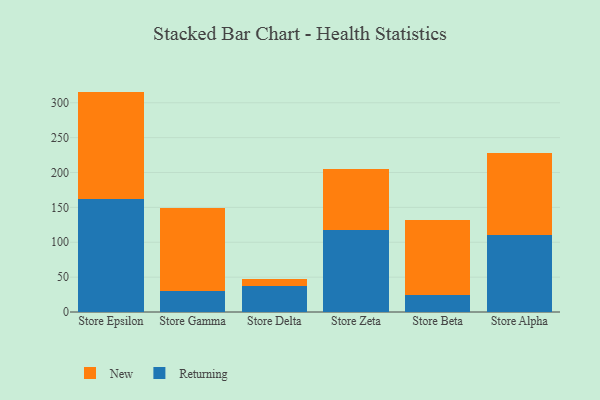
{"axis": {"x": "Store", "y": "Shipments"}, "legend": ["New", "Returning"], "data": [{"x": "Store Epsilon", "y": 161.9, "type": "Returning"}, {"x": "Store Epsilon", "y": 154.1, "type": "New"}, {"x": "Store Gamma", "y": 29.4, "type": "Returning"}, {"x": "Store Gamma", "y": 120.3, "type": "New"}, {"x": "Store Delta", "y": 37.1, "type": "Returning"}, {"x": "Store Delta", "y": 10.9, "type": "New"}, {"x": "Store Zeta", "y": 117.3, "type": "Returning"}, {"x": "Store Zeta", "y": 87.8, "type": "New"}, {"x": "Store Beta", "y": 23.9, "type": "Returning"}, {"x": "Store Beta", "y": 107.4, "type": "New"}, {"x": "Store Alpha", "y": 110.5, "type": "Returning"}, {"x": "Store Alpha", "y": 117.1, "type": "New"}]}